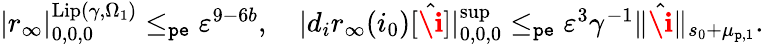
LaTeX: \begin{array}{r}{|r_{\infty}|_{0,0,0}^{\mathrm{Lip}(\gamma,\Omega_{1})}\le_{\mathtt{pe}}\varepsilon^{9-6b},\quad|d_{i}r_{\infty}(i_{0})[\hat{\textbf{\i}}]|_{0,0,0}^{\operatorname*{sup}}\le_{\mathtt{pe}}\varepsilon^{3}\gamma^{-1}\rVert\hat{\textbf{\i}}\rVert_{s_{0}+\mu_{\mathtt{p},1}}.}\end{array}